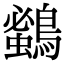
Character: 𪄰